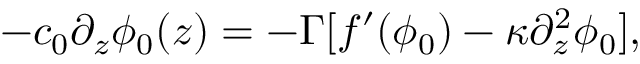
- c _ { 0 } \partial _ { z } \phi _ { 0 } ( z ) = - \Gamma [ f ^ { \prime } ( \phi _ { 0 } ) - \kappa \partial _ { z } ^ { 2 } \phi _ { 0 } ] ,